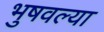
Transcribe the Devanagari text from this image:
भुषवल्या